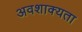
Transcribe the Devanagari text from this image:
अवशाक्यता